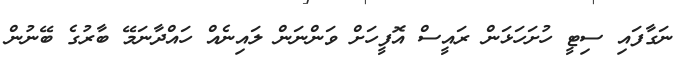
ނަގާފައި ސިޓީ ހުށަހަޅަން ރައީސް އޮފީހަށް ވަންނަން ލައިނެއް ހައްދާނަމޭ ބާރުގެ ބޭނުން